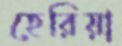
হেরিয়া